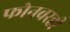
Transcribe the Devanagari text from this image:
फोनवरही